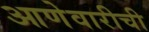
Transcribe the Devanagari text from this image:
आणेवारीची